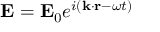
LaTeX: \mathbf { E } = \mathbf { E } _ { 0 } e ^ { i ( \mathbf { k } \cdot \mathbf { r } - \omega t ) }